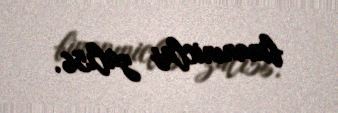
binanıniclas zalı56.